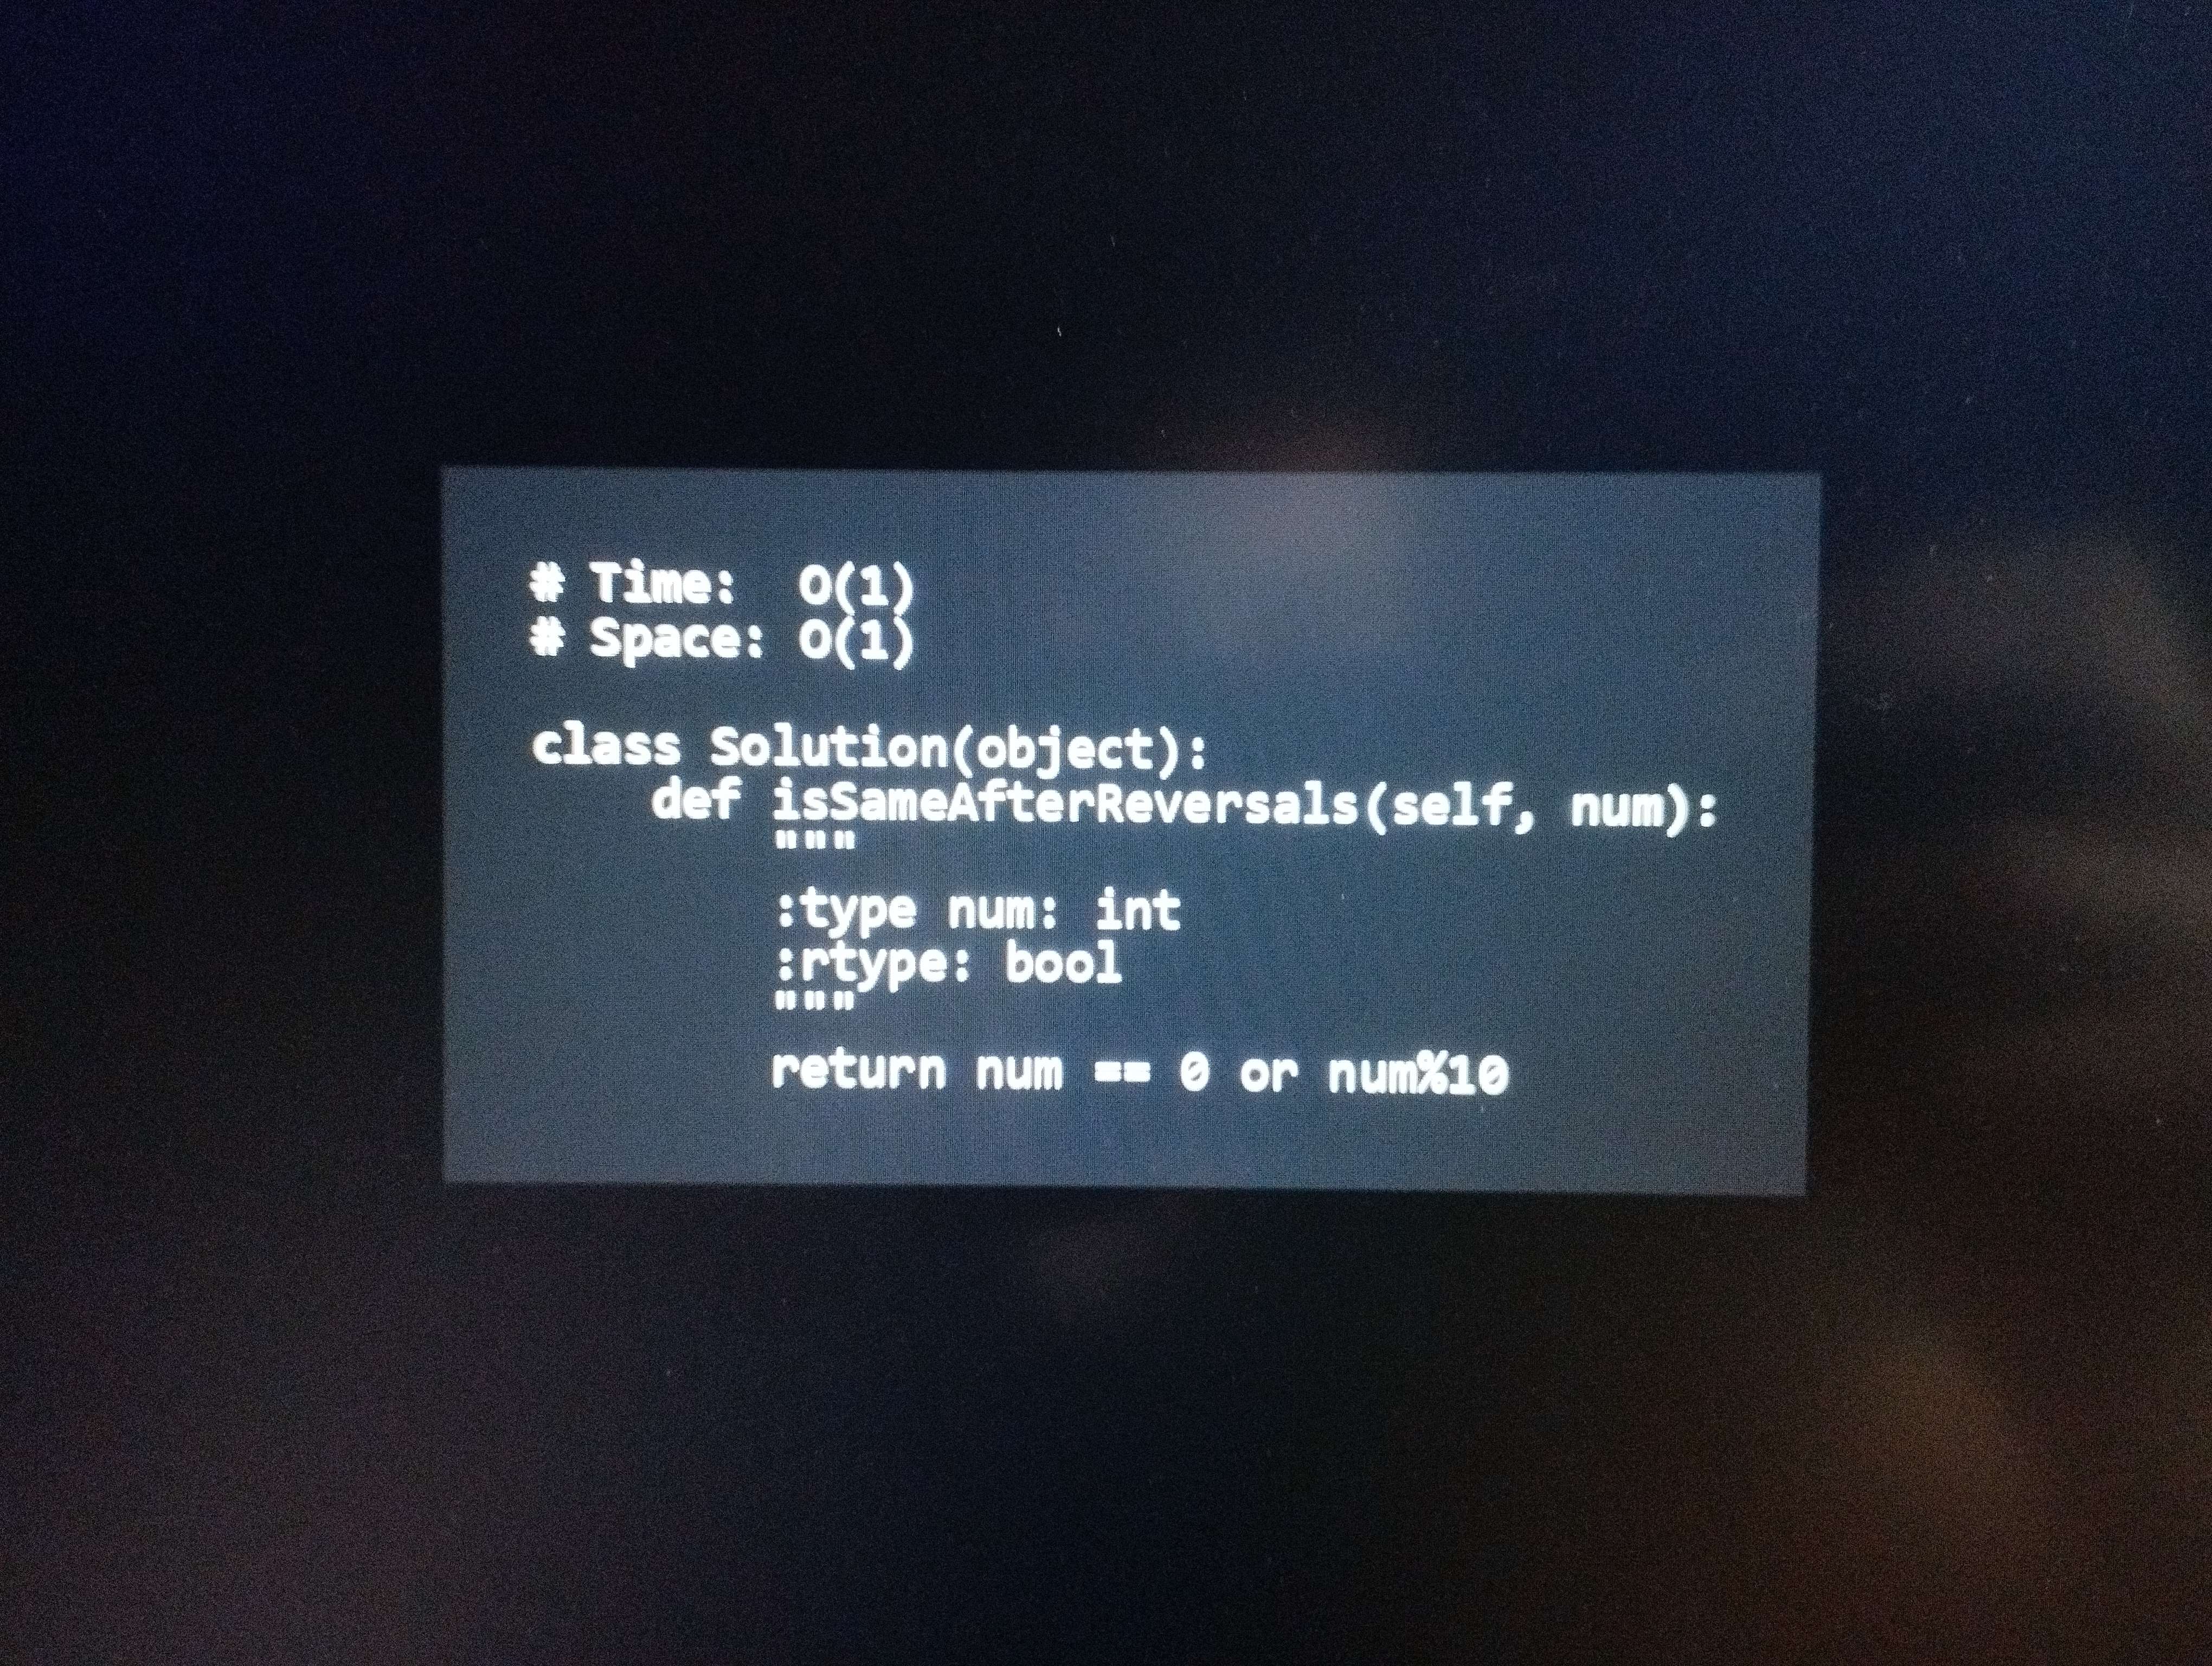
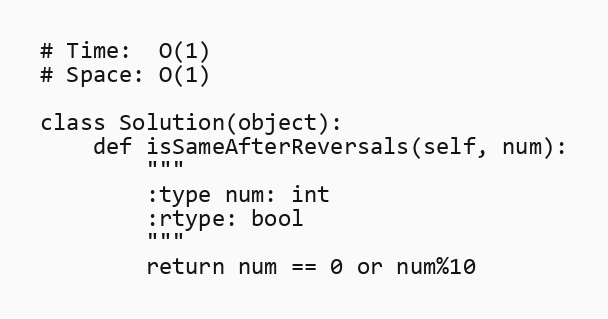
# Time:  O(1)
# Space: O(1)

class Solution(object):
    def isSameAfterReversals(self, num):
        """
        :type num: int
        :rtype: bool
        """
        return num == 0 or num%10